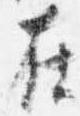
在